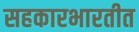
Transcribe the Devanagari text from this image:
सहकारभारतीत